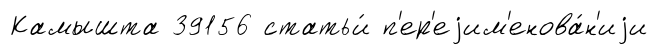
Камышта 39156 статьи́ п'ер'еjим'енова́н'иjи